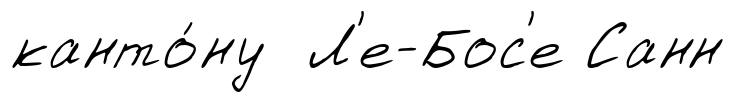
канто́ну Л'е-Бос'е Санн